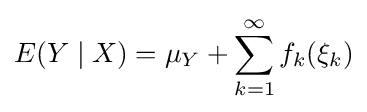
E(Y\mid X)=\mu _{Y}+\sum _{k=1}^{\infty }f_{k}(\xi _{k})